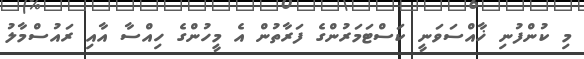
މި ކުންފުނި ޚާއްސަވަނީ ކަސްޓަމަރުންގެ ފަރާތުން އެ މީހުންގެ ހިއްސާ އާއި ރައުސްމާލު